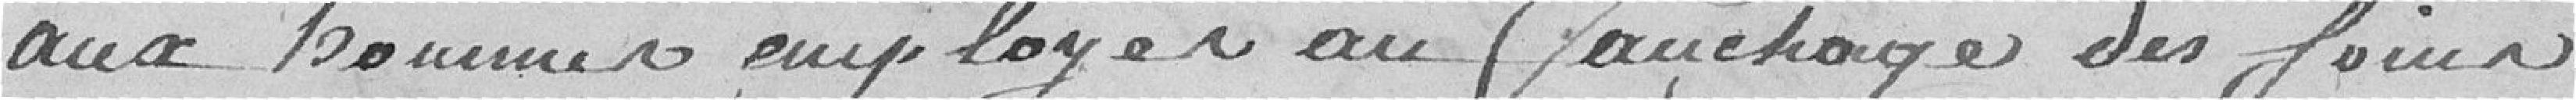
aux hommes employés au fauchage des foins